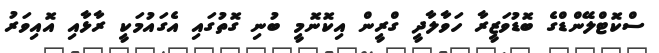
ސްކޮޓްލޭންޑްގެ ބޮޑުވަޒީރާ ހަވާލާދީ ގްރީން އިކޮނޮމީ ބުނި ގޮތުގައި އެގައުމަކީ ރާޅާއި އޮއިވަރު